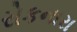
રોકનારા